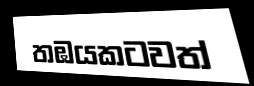
තඹයකටවත්